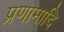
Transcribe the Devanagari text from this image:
प्रणामादि